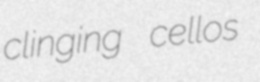
clinging cellos